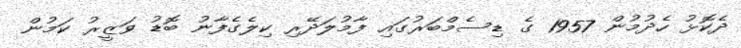
ދެކޮޅު ހެދުމުން 1957 ގެ ޑިސެމްބަރުގައި ފާމުލަދޭރި ކިލެގެފާނު ބޮޑު ވަޒީރު ކަމުން